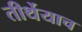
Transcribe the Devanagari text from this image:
तीर्थेयाच